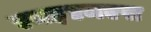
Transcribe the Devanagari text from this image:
एमइएमएस